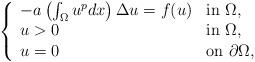
LaTeX: \begin{align*}\left \{ \begin{array}{ll}-a\left( \int_{\Omega}u^{p}dx\right)\Delta u = f(u) & \mbox{in $\Omega$,}\\u>0 & \mbox{in $\Omega$,}\\u=0 & \mbox{on $\partial\Omega$,}\end{array}\right.\end{align*}